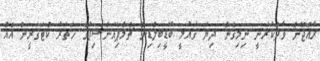
ރާއްޖޭން ވާދަކުރަނީ ނިމިގެން ދިޔަ ގައުމީ ބޮޑީބިލްޑިން ޗެމްޕިއަންޝިޕުގެ ހަތަރު ކެޓަގަރީން އެއް